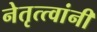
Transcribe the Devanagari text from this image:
नेतृत्त्वांनी